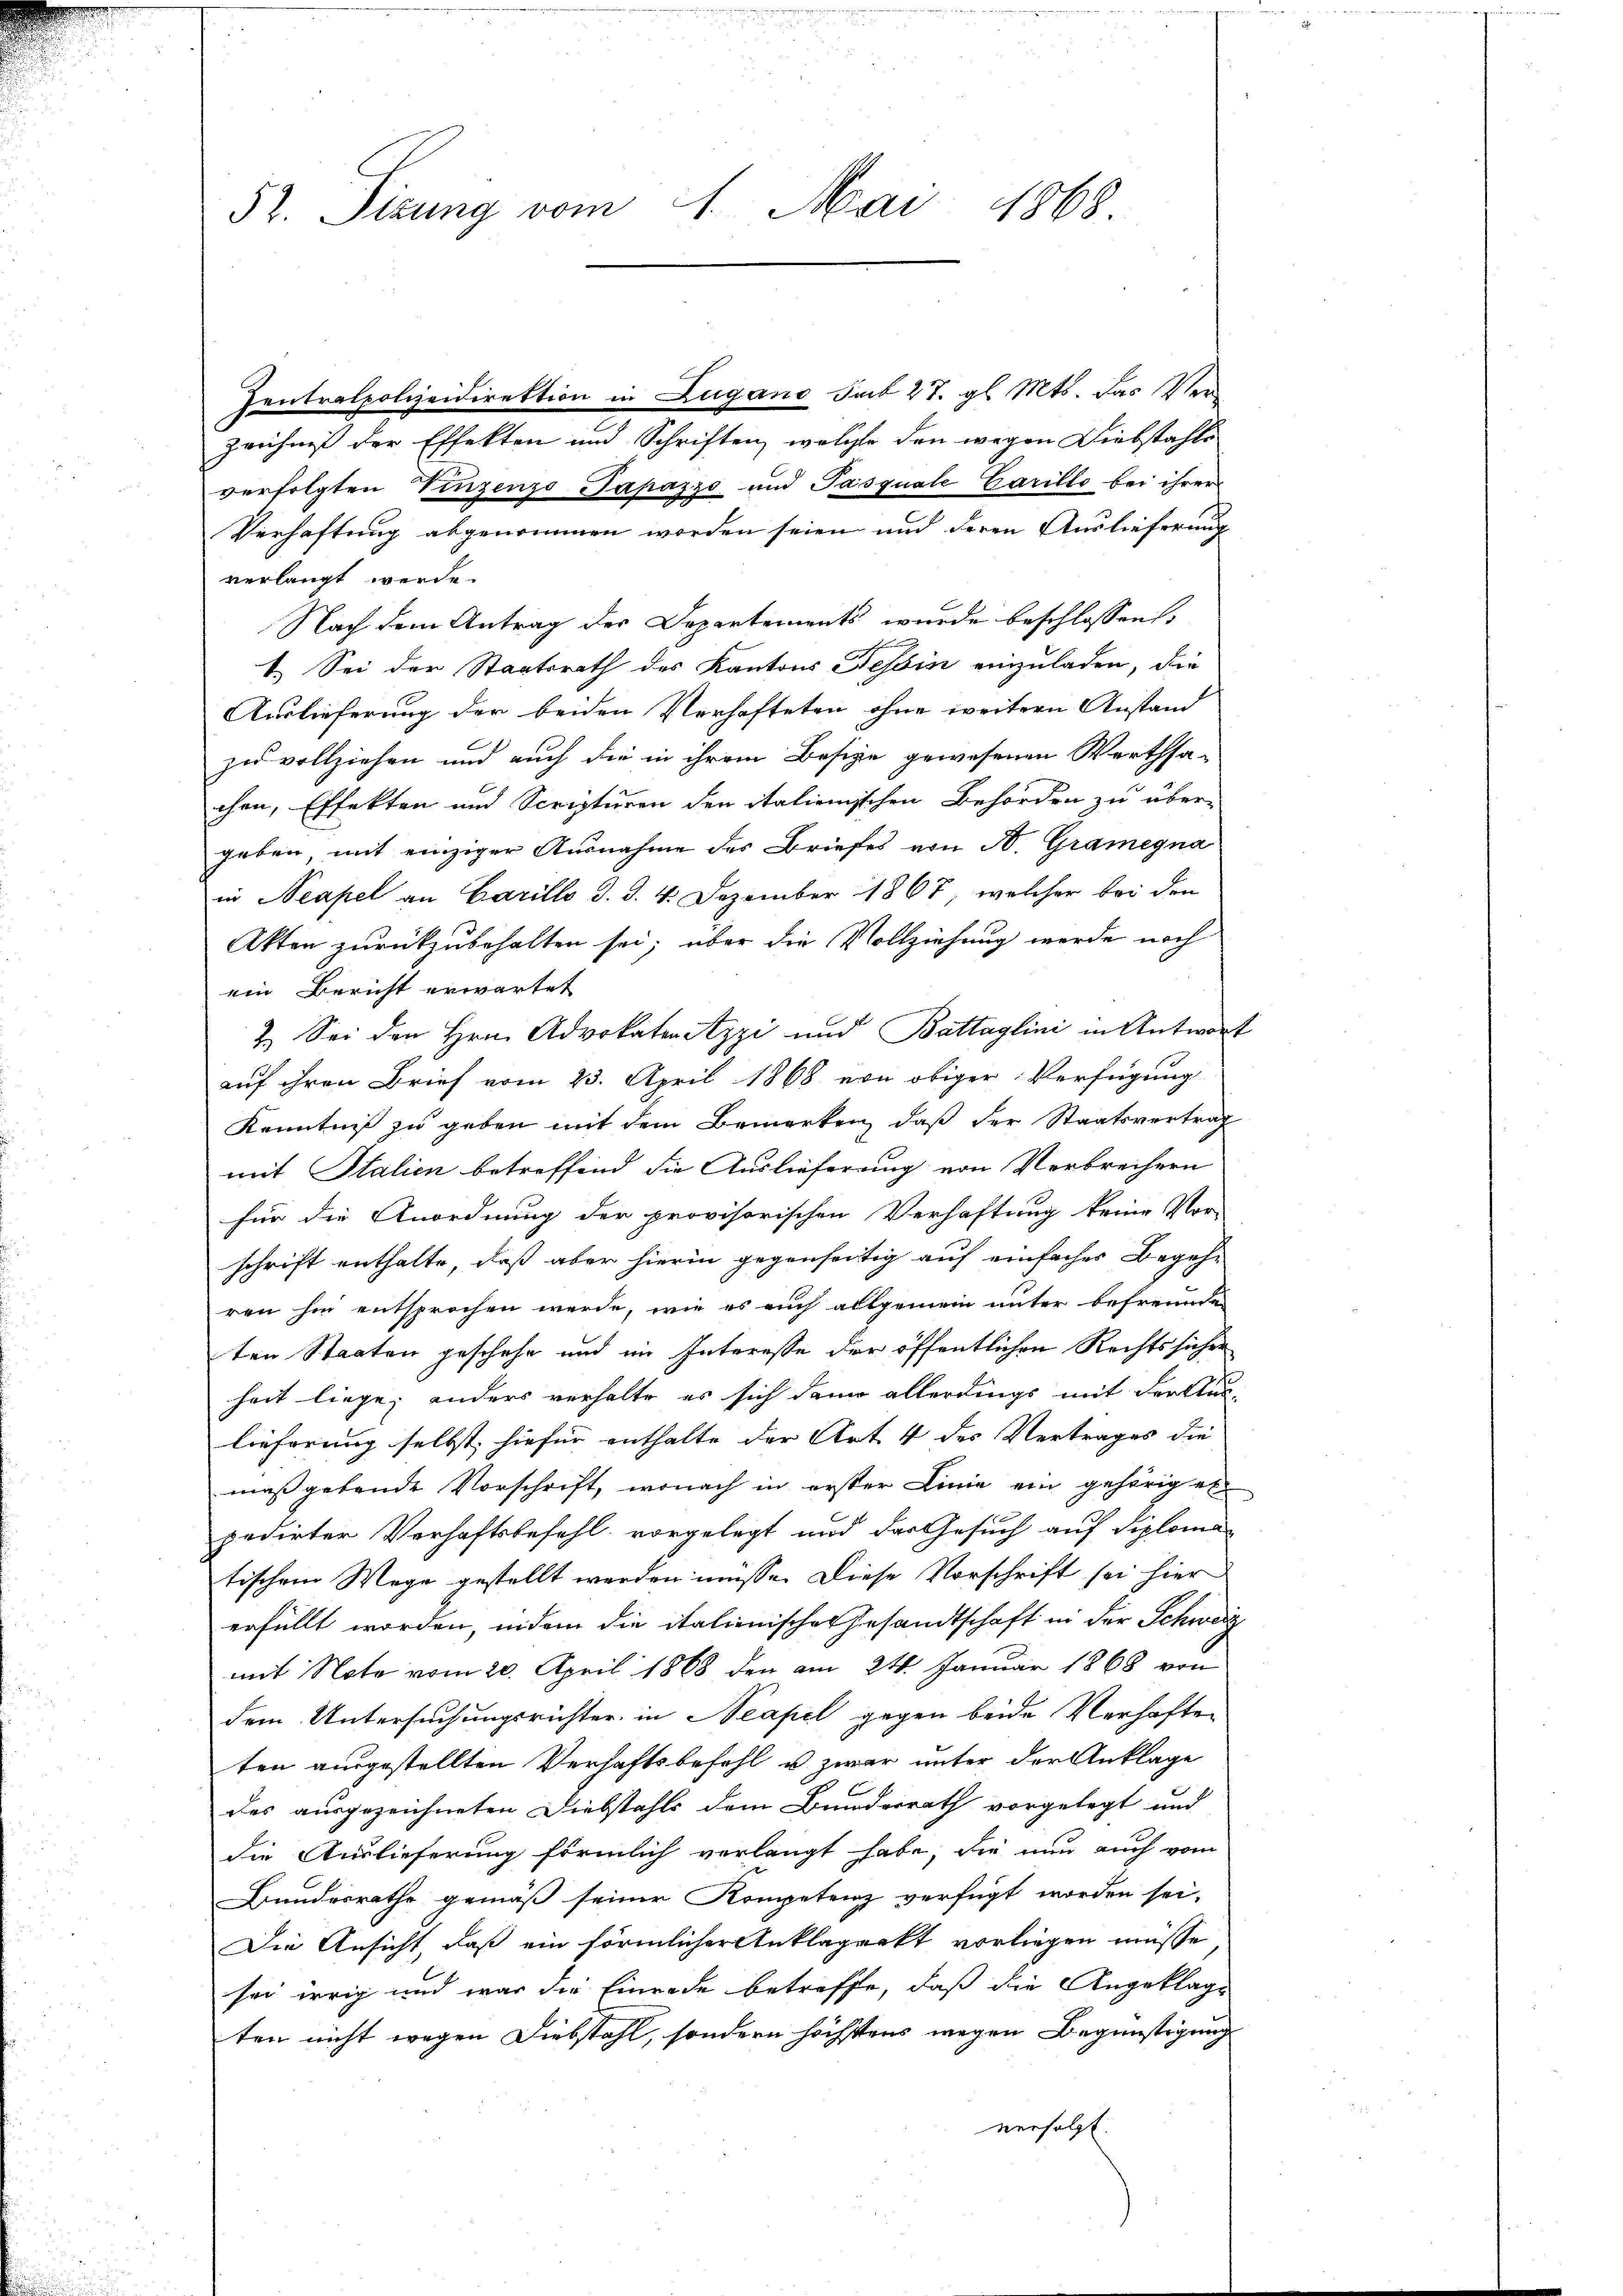
52. Sizung vom 1. Mai 1868.

verfolgten Vinzenzo Papazzo und Pasquale Carillo bei ihrer
Verhaftung abgenommen worden seien und deren Auslieferung
verlangt werde.
Nach dem Antrag des Departements wurde beschlossen,
1. Sei der Staatsrath des Kantons Tessin einzuladen, die
Auslieferung der beiden Verhafteten ohne weitern Anstand
zu vollziehen und auch die in ihrem Besize gewesenen Werthsa-
chen, Effekten und Scripturen den italienischen Behörden zu über-
geben mit einziger Ausnahme des Briefes von A. Gramegna
in Neapel an Carillo d. d. 4. Dezember 1867, welcher bei den
Akten zurückzubehalten sei; aber die Vollziehung werde noch
ein Bericht erwartet
2. Sei den Hrn. Advokatorizzi und Battaglini in Antwort
auf ihren Brief vom 23. April 1868 von obiger Verfügung
Kenntniß zu geben mit dem Bemerken, daß der Staatsvertrag
mit Italien betreffend die Auslieferung von Verbrechern
für die Anordnung der provisorischen Verhaftung keine Vor-
schrift enthalte, daß aber hierin gegenseitig auf einfacher Begehren hin entsprochen werde, wie es auch allgemein unter befreunden
ten Staaten geschehe und im Interesse der öffentlichen Rechts sichen
heit liege; anders verhalte es sich dann allerdings mit der Aus-
lieferung selbst hiefür enthalte der Art. 4 des Vertrages die
maßgebende Vorschrift, wonach in erster Linie ein gehörig er
pedirter Verhaftsbefehl vorgelegt und das Gesuch auf diploma-
tischem Wege gestellt werden müsse. Diese Vorschrift sei hier
erfüllt worden, indem die italienischer Gesandtschaft in der Schweiz
mit Note vom 20. April 1868 den am 24. Januar 1868 von
dem Untersuchungsrichter in Neapel gegen beide Verhaften
ten ausgestellten Verhaftsbefehl u. zwar unter der Anklage
des ausgezeichneten Diebstahls dem Bunderrath vorgelegt und
die Auslieferung förmlich verlangt habe, die nun auch vom
Bundesrathe gemäß seiner Kompetenz verfügt worden sei.
Die Ansicht, daß ein förmlicher Anklägerkt vorliegen müsse
sei irrig und war die Einrade betreffe, daß die Angeklage
ten nicht wegen Diebstahl, sondern höchstens wegen Begünstigung
verfolgt.

Zentralpolizeidirektion in Zugano sub 27. gl. Mts. das Verzeichnis der Effekten und Schriften, welche den wegen Diebstahls